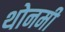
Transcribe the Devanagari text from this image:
थोनमी